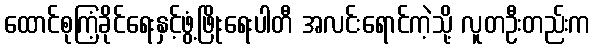
ထောင်စုကြံ့ခိုင်ရေးနှင့်ဖွံ့ဖြိုးရေးပါတီ အလင်းရောင်ကဲ့သို့ လူတဦးတည်းက